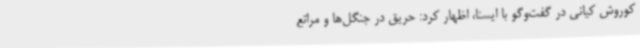
کوروش کیانی در گفت‌وگو با ایسنا، اظهار کرد: حریق در جنگل‌ها و مراتع